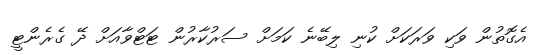
އެގޮތުން ވަކި ވަރަކަށް ކުނި ލިބޭނެ ކަމަށް ސަރުކާރުން ޓަޓްވާއަށް ދޭ ގެރެންޓީ